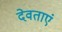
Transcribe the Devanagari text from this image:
देवताएं